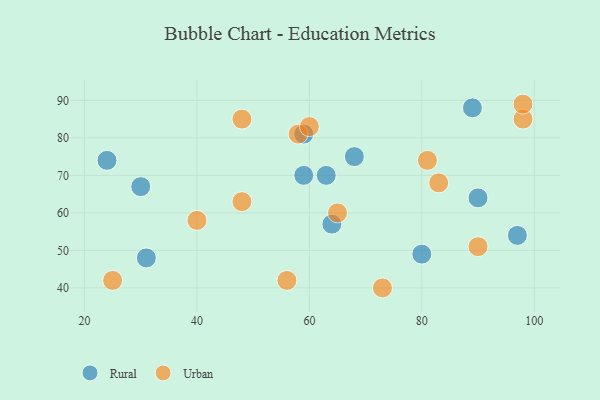
{"axis": {"x": "GDP", "y": "Life Expectancy"}, "legend": ["Rural", "Urban"], "data": [{"x": "30", "y": 67, "type": "Rural"}, {"x": "31", "y": 48, "type": "Rural"}, {"x": "68", "y": 75, "type": "Rural"}, {"x": "63", "y": 70, "type": "Rural"}, {"x": "80", "y": 49, "type": "Rural"}, {"x": "24", "y": 74, "type": "Rural"}, {"x": "89", "y": 88, "type": "Rural"}, {"x": "59", "y": 81, "type": "Rural"}, {"x": "97", "y": 54, "type": "Rural"}, {"x": "64", "y": 57, "type": "Rural"}, {"x": "90", "y": 64, "type": "Rural"}, {"x": "59", "y": 70, "type": "Rural"}, {"x": "98", "y": 85, "type": "Urban"}, {"x": "40", "y": 58, "type": "Urban"}, {"x": "48", "y": 63, "type": "Urban"}, {"x": "56", "y": 42, "type": "Urban"}, {"x": "25", "y": 42, "type": "Urban"}, {"x": "65", "y": 60, "type": "Urban"}, {"x": "98", "y": 89, "type": "Urban"}, {"x": "83", "y": 68, "type": "Urban"}, {"x": "81", "y": 74, "type": "Urban"}, {"x": "90", "y": 51, "type": "Urban"}, {"x": "58", "y": 81, "type": "Urban"}, {"x": "73", "y": 40, "type": "Urban"}, {"x": "48", "y": 85, "type": "Urban"}, {"x": "60", "y": 83, "type": "Urban"}]}